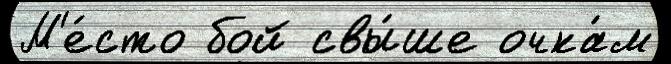
М'е́сто бой свы́ше очка́м